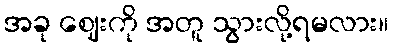
အခု ဈေးကို အတူ သွားလို့ရမလား။